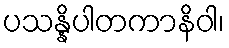
ပသန္နိပါတကာနိဝါ၊